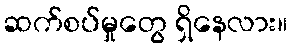
ဆက်စပ်မှုတွေ ရှိနေလား။